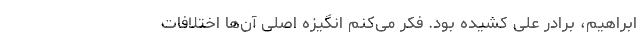
ابراهیم، برادر علی کشیده بود. فکر می‌کنم انگیزه اصلی آن‌ها اختلافات